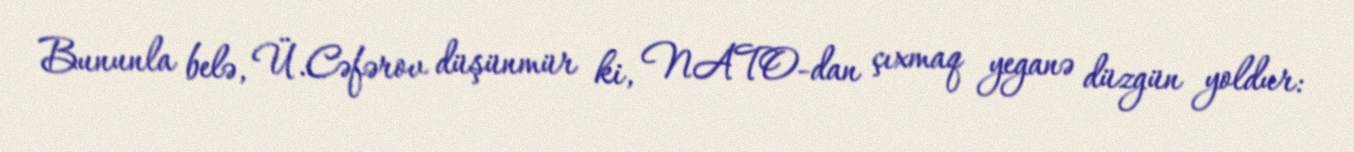
Bununla belə, Ü.Cəfərov düşünmür ki, NATO-dan çıxmaq yeganə düzgün yoldur: